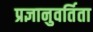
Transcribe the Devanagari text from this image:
प्रज्ञानुवर्तिता